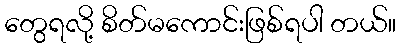
တွေရလို့ စိတ်မကောင်းဖြစ်ရပါ တယ်။